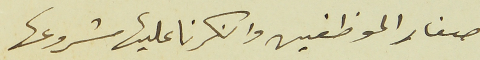
صغار الموظفين وانكرنا عليها مشروعها